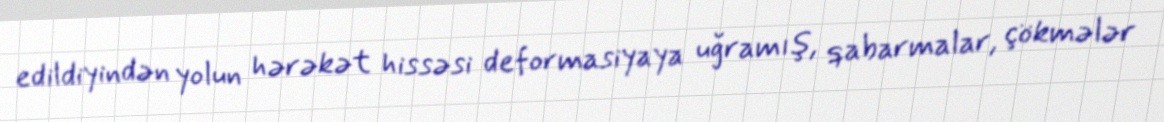
edildiyindən yolun hərəkət hissəsi deformasiyaya uğramış, qabarmalar, çökmələr